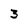
Character: 3